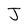
Character: J